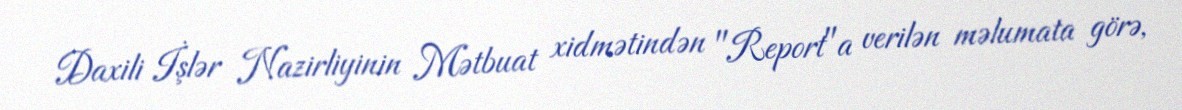
Daxili İşlər Nazirliyinin Mətbuat xidmətindən "Report"a verilən məlumata görə,